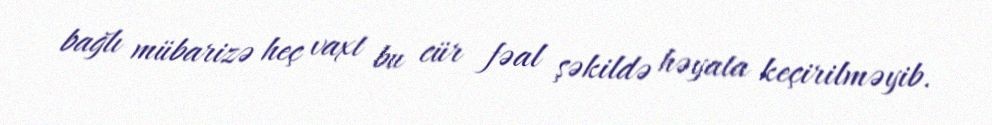
bağlı mübarizə heç vaxt bu cür fəal şəkildə həyata keçirilməyib.